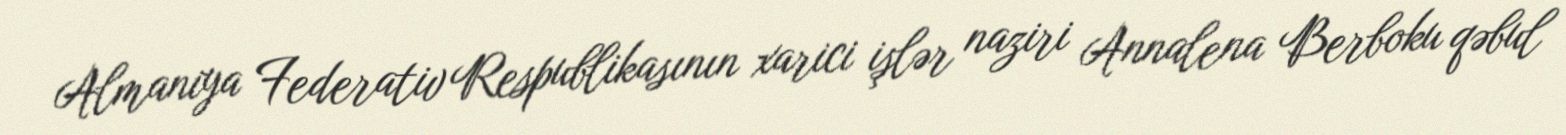
Almaniya Federativ Respublikasının xarici işlər naziri Annalena Berboku qəbul